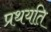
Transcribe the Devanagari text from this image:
प्रथयति